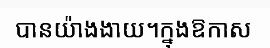
បានយ៉ាងងាយ។ក្នុងឱកាស